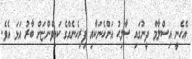
އެހެނީ އިސްލާމް ދީނުގައި ޞާލިޙު އަންހެނަކާއި ފިރިހެނެއްގެ ކައިވެންޏަށް ބާރު އަޅަ އެވެ.